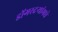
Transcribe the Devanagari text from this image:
डोंगरदऱ्यांमधे